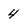
Character: 4